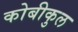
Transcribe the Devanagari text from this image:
कोबीकुल